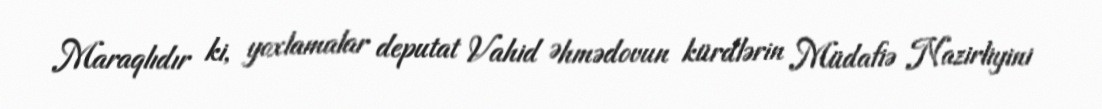
Maraqlıdır ki, yoxlamalar deputat Vahid Əhmədovun kürdlərin Müdafiə Nazirliyini